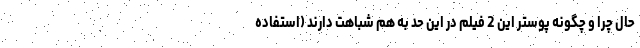
حال چرا و چگونه پوستر این 2 فیلم در این حد به هم شباهت دارند (استفاده